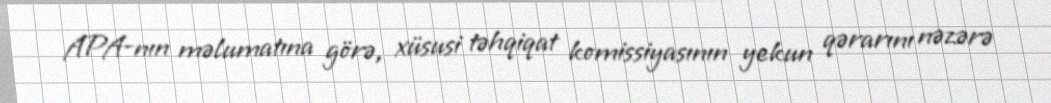
APA-nın məlumatına görə, xüsusi təhqiqat komissiyasının yekun qərarını nəzərə